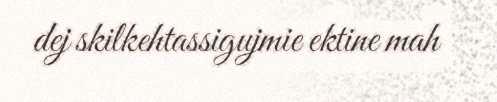
dej skilkehtassigujmie ektine mah